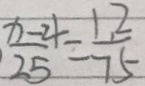
\frac { x - 4 } { 2 5 } = \frac { 1 , 2 } { 7 5 }